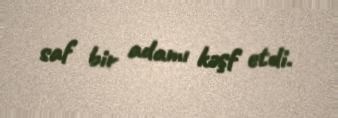
saf bir adamı kəşf etdi.